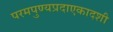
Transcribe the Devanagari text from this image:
परमपुण्यप्रदाएकादशी